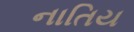
નાતિય